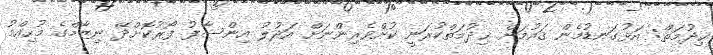
ޚިދުމަތް: އަޅުގަނޑުމެން ޤައުމަށް ޚިދުމަތްކުރަނީ ކުށްވެރިންނަށް އަދުލު އިންސާފު ފޯރުކޮށްދޭ ނިޒާމްގެ މުހިއްމު